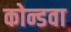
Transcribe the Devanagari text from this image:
कोन्डवा